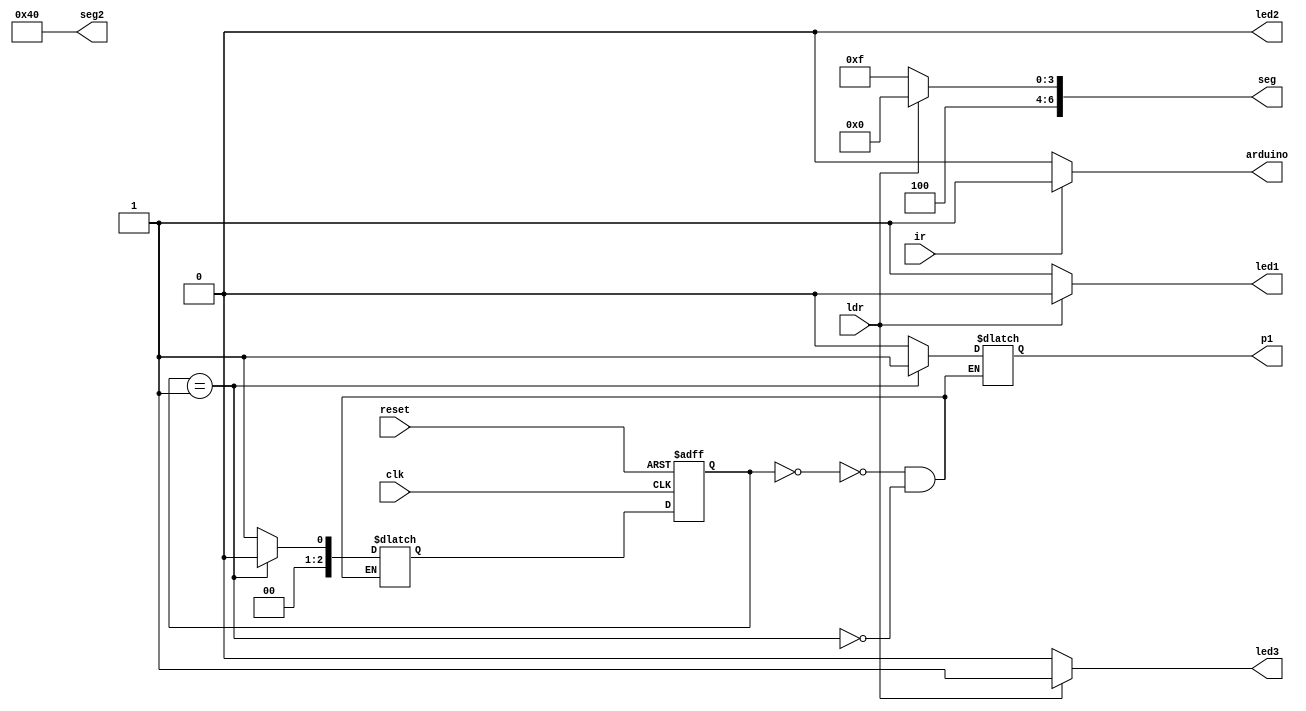
module test1 (clk, reset, p1, ldr, ir, seg, seg2, led1,led2,led3, arduino);

input clk, reset, ldr, ir;
output reg p1;
reg [2:0] cstate, nstate;
output [6:0] seg;
output [6:0] seg2;
output reg led1,led2,led3, arduino;
reg [6:0] seg;
reg [6:0] seg2;

parameter s1 = 2'b00;
parameter s2 = 2'b01;

always @*
begin

if (ir == 1) begin
 arduino = 1'b1;
 end
else
begin
 arduino = 1'b0;
end
end
always @*
begin
	case(cstate)
	s1: 
	begin	
		p1 = 1'b0;
		nstate = s2;
		end
	s2: 
	begin	
		p1 = 1'b1;
		nstate = s1;
		end
endcase
end

always @ (posedge clk, posedge reset)
begin
	if (reset == 1)
	cstate <= s1;
	else
	cstate <= nstate;
end

//always block for converting bcd digit into 7 segment format
    always @*
    begin
        if (ldr == 1) begin
            seg = 7'b1000000;
				seg2 =7'b1000000;
				led1 = 1'b0;
				led2 = 1'b0;
				led3 = 1'b1;
				end
			else
			begin
            seg = 7'b1001111;
				seg2 = 7'b1000000;
				led3 = 1'b0;
				led2 = 1'b0;
				led1 = 1'b1;
			end
    end
endmodule